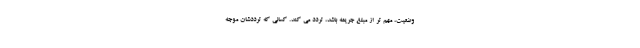
وضعیت، مهم تر از مبلغ جریمه باشد، تردد می کند. کسانی که ترددشان موجه